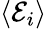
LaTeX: \langle{\mathcal{E}}_{i}\rangle